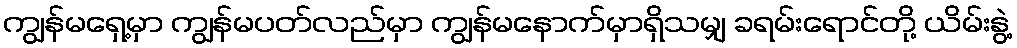
ကျွန်မရှေ့မှာ ကျွန်မပတ်လည်မှာ ကျွန်မနောက်မှာရှိသမျှ ခရမ်းရောင်တို့ ယိမ်းနွဲ့